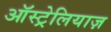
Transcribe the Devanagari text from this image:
ऑस्ट्रेलियाज़